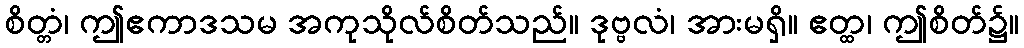
စိတ္တံ၊ ဤဧကာဒသမ အကုသိုလ်စိတ်သည်။ ဒုဗ္ဗလံ၊ အားမရှိ။ ဧတ္ထ၊ ဤစိတ်၌။